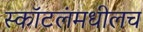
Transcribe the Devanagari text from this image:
स्कॉटलंमधीलच